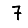
Digit: 7